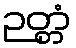
ဉတ္တံ